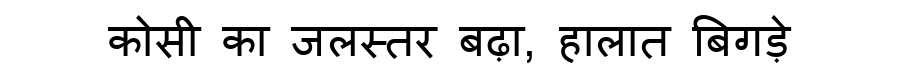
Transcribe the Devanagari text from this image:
कोसी का जलस्तर बढ़ा, हालात बिगड़े